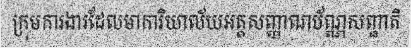
ក្រុមការងារដែលមាការិយាល័យអត្តសញ្ញាណប័ណ្ណសញ្ជាតិ